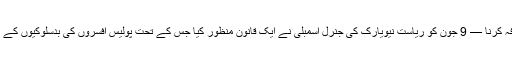
انضباطی ریکارڈ کے افشاء میں اضافہ کرنا — 9 جون کو ریاست نیویارک کی جنرل اسمبلی نے ایک قانون منظور کیا جس کے تحت پولیس افسروں کی بدسلوکیوں کے عوامی افشاء میں اضافہ کیا جائے گا۔